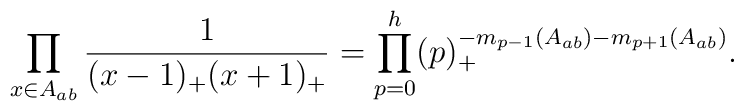
\prod_{x\in A_{ab}}\frac{1}{(x-1)_+(x+1)_+}=\prod_{p=0}^{h}(p)_+^{-m_{p-1}(A_{ab})-m_{p+1}(A_{ab})}.